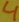
Text: 4